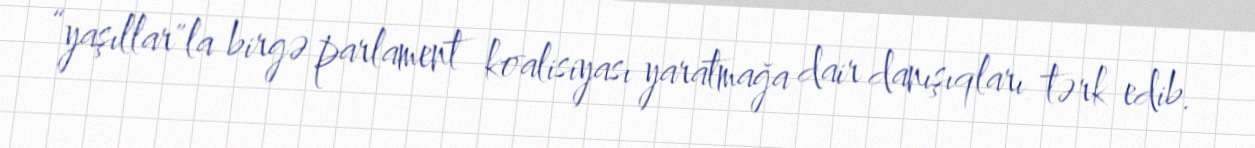
“yaşıllar"la birgə parlament koalisiyası yaratmağa dair danışıqları tərk edib.